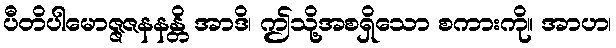
ပီတိပါမောဇ္ဇဇနနန္တိ အာဒိ၊ ဤသို့အစရှိသော စကားကို။ အာဟ၊